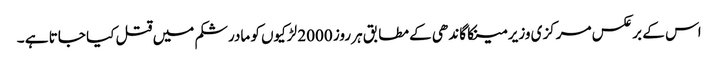
اس کے برعکس مرکزی وزیر مینکا گاندھی کے مطابق ہر روز 2000 لڑکیوں کو مادرشکم میں قتل کیا جاتا ہے ۔